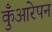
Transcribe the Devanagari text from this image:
कुँआरेपन